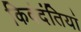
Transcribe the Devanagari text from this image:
किवंदंतियां